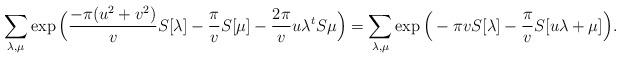
LaTeX: \begin{align*} \sum_{\lambda, \mu} \exp \Big( \frac{- \pi(u^2+v^2)}{v} S[\lambda] - \frac{\pi}{v} S[\mu] -\frac{2 \pi}{v} u\lambda^t S\mu \Big) = \sum_{\lambda, \mu} \exp \Big( - \pi v S[\lambda] - \frac{\pi}{v} S[u \lambda + \mu] \Big). \end{align*}